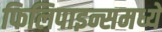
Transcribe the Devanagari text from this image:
फिलिपाइन्समध्ये